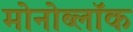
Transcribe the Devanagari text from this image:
मोनोब्लॉक